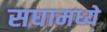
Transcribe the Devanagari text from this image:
सघामध्ये